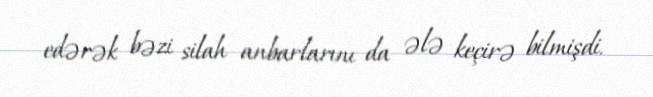
edərək bəzi silah anbarlarını da ələ keçirə bilmişdi.